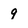
Character: 9